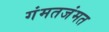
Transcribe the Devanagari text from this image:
गंमतजंमत